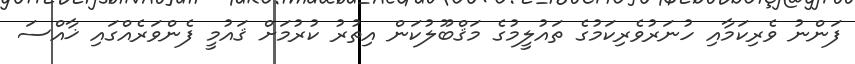
ފަންނު ވެރިކަމާއި ހުނަރުވެރިކަމުގެ ތައުލީމުގެ މަޤްބޫލުކަން އިތުރު ކުރުމަށް ޤައުމީ ފެންވަރެއްގައި ޚާއްސަ